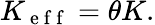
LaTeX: K_{\mathrm{~e~f~f~}}=\theta K.